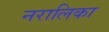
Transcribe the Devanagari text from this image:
नरालिका